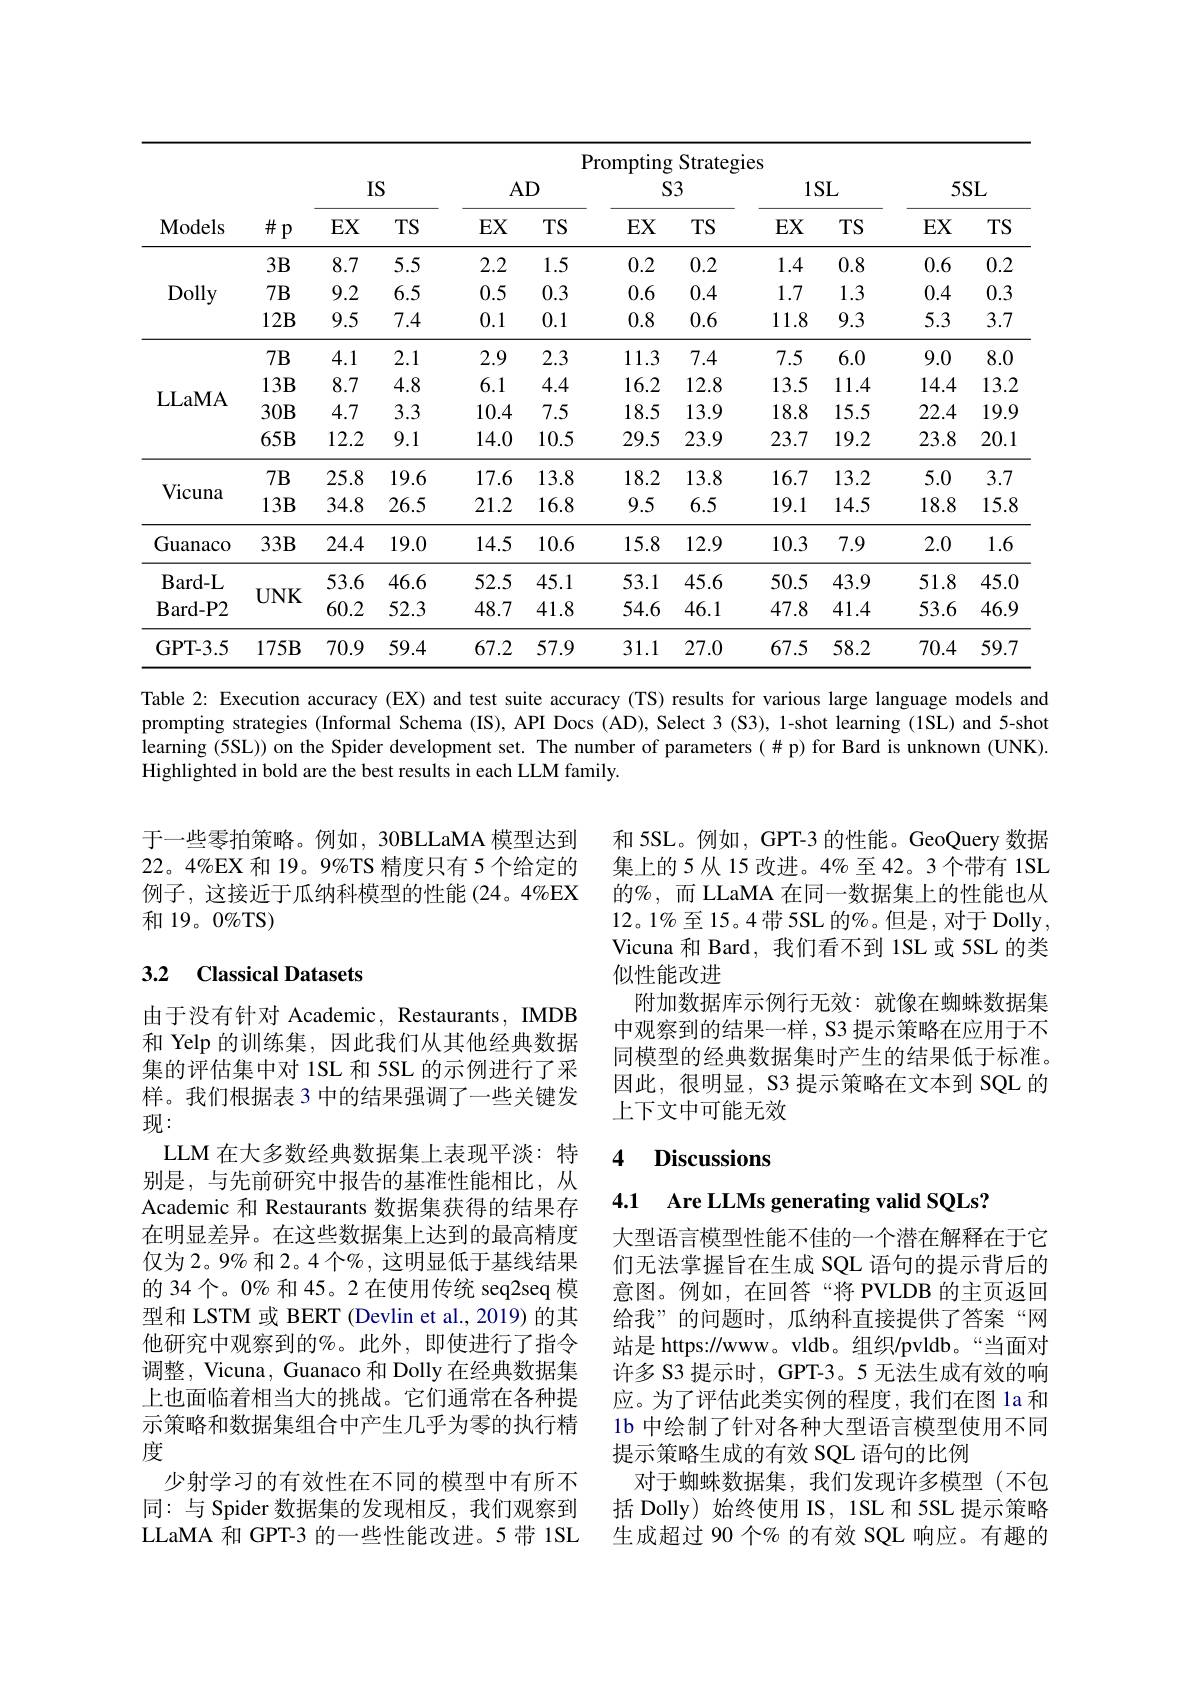
<table>
	<tbody>
		<tr>
			<th rowspan="3">Models</th>
			<th rowspan="3">$\#p$</th>
			<th colspan="4">Prompting Strategies</th>
			<th colspan="6">Prompting Strategies</th>
		</tr>
		<tr>
			<th colspan="2">IS</th>
			<th rowspan="1">AD</th>
			<th>$D$</th>
			<th colspan="2">$S3$</th>
			<th colspan="2">$1SL$</th>
			<th colspan="2">$5SL$</th>
		</tr>
		<tr>
			<th>$EX$</th>
			<th>$TS$</th>
			<th>$EX$</th>
			<th>TS</th>
			<th>$EX$</th>
			<th>TS</th>
			<th>$EX$</th>
			<th>TS</th>
			<th>$EX$</th>
			<th>TS</th>
		</tr>
		<tr>
			<td rowspan="3">Dolly</td>
			<td>$3B$</td>
			<td>8.7</td>
			<td>5.5</td>
			<td>2.2</td>
			<td>1.5</td>
			<td>0.2</td>
			<td>0.2</td>
			<td>1.4</td>
			<td>0.8</td>
			<td>0.6</td>
			<td>0.2</td>
		</tr>
		<tr>
			<td>$7B$</td>
			<td>9.2</td>
			<td>6.5</td>
			<td>0.5</td>
			<td>0.3</td>
			<td>0.6</td>
			<td>0.4</td>
			<td>1.7</td>
			<td>1.3</td>
			<td>0.4</td>
			<td>0.3</td>
		</tr>
		<tr>
			<td>$12\mathbf B$</td>
			<td>9.5</td>
			<td>7.4</td>
			<td>0.1</td>
			<td>0.1</td>
			<td>0.8</td>
			<td>0.6</td>
			<td>11.8</td>
			<td>9.3</td>
			<td>5.3</td>
			<td>3.7</td>
		</tr>
		<tr>
			<td rowspan="1">LLaMA</td>
			<td>$7B$</td>
			<td>4.1</td>
			<td>2.1</td>
			<td>2.9</td>
			<td>2.3</td>
			<td>11.3</td>
			<td>7.4</td>
			<td>7.5</td>
			<td>6.0</td>
			<td>9.0</td>
			<td>8.0</td>
		</tr>
		<tr>
			<td rowspan="3">LLaMA</td>
			<td>$13\mathbf{B}$</td>
			<td>8.7</td>
			<td>4.8</td>
			<td>6.1</td>
			<td>4.4</td>
			<td>16.2</td>
			<td>12.8</td>
			<td>13.5</td>
			<td>11.4</td>
			<td>14.4</td>
			<td>13.2</td>
		</tr>
		<tr>
			<td>$30\mathbf{B}$</td>
			<td>4.7</td>
			<td>3.3</td>
			<td>10.4</td>
			<td>7.5</td>
			<td>18.5</td>
			<td>13.9</td>
			<td>18.8</td>
			<td>15.5</td>
			<td>22.4</td>
			<td>19.9</td>
		</tr>
		<tr>
			<td>$65B$</td>
			<td>12.2</td>
			<td>9.1</td>
			<td>14.0</td>
			<td>10.5</td>
			<td>29.5</td>
			<td>23.9</td>
			<td>23.7</td>
			<td>19.2</td>
			<td>23.8</td>
			<td>20.1</td>
		</tr>
		<tr>
			<td rowspan="2">Vicuna</td>
			<td>$7B$</td>
			<td>25.8</td>
			<td>19.6</td>
			<td>17.6</td>
			<td>13.8</td>
			<td>18.2</td>
			<td>13.8</td>
			<td>16.7 </td>
			<td>13.2</td>
			<td>5.0</td>
			<td>3.7</td>
		</tr>
		<tr>
			<td>$13\mathbf{B}$</td>
			<td>34.8</td>
			<td>26.5</td>
			<td>21.2</td>
			<td>16.8</td>
			<td>9.5</td>
			<td>6.5</td>
			<td>19.1</td>
			<td>14.5</td>
			<td>18.8</td>
			<td>15.8</td>
		</tr>
		<tr>
			<td>Guanaco</td>
			<td>$33B$</td>
			<td>24.4</td>
			<td>19.0</td>
			<td>14.5</td>
			<td>10.6</td>
			<td>15.8</td>
			<td>12.9</td>
			<td>10.3</td>
			<td>7.9</td>
			<td>2.0</td>
			<td>1.6</td>
		</tr>
		<tr>
			<td rowspan="2">$\mathbf{B}$ard-L Bard- P2</td>
			<td rowspan="2">$UNK$</td>
			<td>53.6</td>
			<td>46.6</td>
			<td>52.5</td>
			<td>45.1</td>
			<td>53.1</td>
			<td>45.6</td>
			<td>50.5</td>
			<td>43.9</td>
			<td>51.8</td>
			<td>45.0</td>
		</tr>
		<tr>
			<td>60.2</td>
			<td>52.3</td>
			<td>48.7</td>
			<td>41.8</td>
			<td>54.6</td>
			<td>46.1</td>
			<td>47.8</td>
			<td>41.4</td>
			<td>53.6</td>
			<td>46.9</td>
		</tr>
		<tr>
			<td>GPT- 3. 5</td>
			<td>$175B$</td>
			<td>70.9</td>
			<td>59.4</td>
			<td>67.2</td>
			<td>57.9</td>
			<td>31.1</td>
			<td>27.0</td>
			<td>67.5</td>
			<td>58.2</td>
			<td>70.4</td>
			<td>59.7</td>
		</tr>
	</tbody>
</table>
Table 2: Execution accuracy (EX) and test suite accuracy (TS) results for various large language models and

prompting strategies (Informal Schema (IS), API Docs (AD), Select 3 (S3), 1-shot learning (1SL) and 5-shot learning (5SL)) on the Spider development set. The number of parameters(#p) for Bard is unknown (UNK). Highlighted in bold are the best results in each LLM family.

于一些零拍策略。例如，30BLLaMA 模型达到22。4%EX 和 19。9%TS 精度只有 5 个给定的例子，这接近于瓜纳科模型的性能(24。4%EX 和 19。0%TS)

### 3.2 Classical Datasets

和 5SL。例如，GPT-3 的性能。GeoQuery 数据集上的5从15改进。4%至42。3个带有 1SL 的$\%$, 而 LLaMA 在同一数据集上的性能也从$12。1\%$至 15。4 带 5SL 的%。但是，对于 Dolly, Vicuna 和 Bard, 我们看不到 1SL 或 5SL 的类似性能改进
附加数据库示例行无效：就像在蜘蛛数据集中观察到的结果一样，S3 提示策略在应用于不同模型的经典数据集时产生的结果低于标准。因此，很明显，S3 提示策略在文本到 SQL 的上下文中可能无效

### 4 Discussions

4.1 Are LLMs generating valid SQLs?

由于没有针对 Academic, Restaurants, IMDB 和 Yelp 的训练集，因此我们从其他经典数据集的评估集中对 1SL 和 5SL 的示例进行了采样。我们根据表 3 中的结果强调了一些关键发现：
LLM 在大多数经典数据集上表现平淡：特别是，与先前研究中报告的基准性能相比，从Academic 和 Restaurants 数据集获得的结果存在明显差异。在这些数据集上达到的最高精度仅为2。9%和2。4个%,这明显低于基线结果的 34 个。0% 和 45。2 在使用传统 seq2seq 模型和 LSTM 或 BERT (Devlin et al., 2019) 的其他研究中观察到的%。此外，即使进行了指令调整，Vicuna, Guanaco 和 Dolly 在经典数据集上也面临着相当大的挑战。它们通常在各种提示策略和数据集组合中产生几乎为零的执行精度
少射学习的有效性在不同的模型中有所不同：与 Spider 数据集的发现相反，我们观察到LLaMA 和 GPT-3 的一些性能改进。5 带 1SL

大型语言模型性能不佳的一个潜在解释在于它们无法掌握旨在生成 SQL 语句的提示背后的意图。例如，在回答“将 PVLDB 的主页返回给我”的问题时，瓜纳科直接提供了答案“网站是 https://www。vldb。组织/pvldb。“当面对许多 S3 提示时，GPT-3。5 无法生成有效的响应。为了评估此类实例的程度，我们在图 la 和1b 中绘制了针对各种大型语言模型使用不同提示策略生成的有效 SQL 语句的比例
对于蜘蛛数据集，我们发现许多模型(不包括 Dolly)始终使用 IS, 1SL 和 5SL 提示策略生成超过 90 个% 的有效 SQL 响应。有趣的